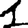
Digit: 1